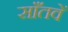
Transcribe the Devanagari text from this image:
साँतवें